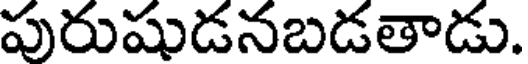
పురుషుడనబడతాడు.